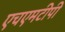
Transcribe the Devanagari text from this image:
एचएमटीपी